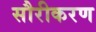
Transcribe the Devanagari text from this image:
सौरीकरण